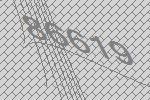
86619